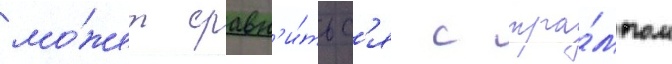
мо́жет сравн'и́тьс'я с тра́мпом